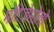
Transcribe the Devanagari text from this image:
मोंटेजेमोलो